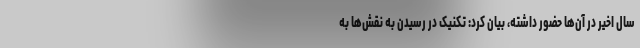
سال اخیر در آن‌ها حضور داشته، بیان کرد: تکنیک در رسیدن به نقش‌ها به